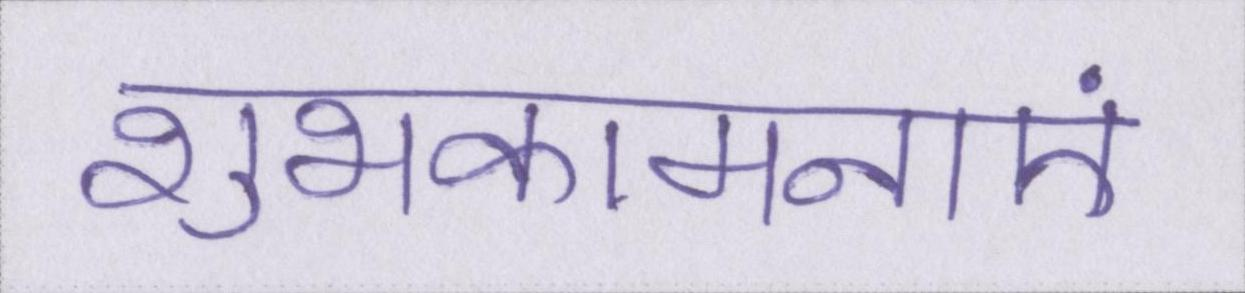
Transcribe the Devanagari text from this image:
शुभकामनाएं